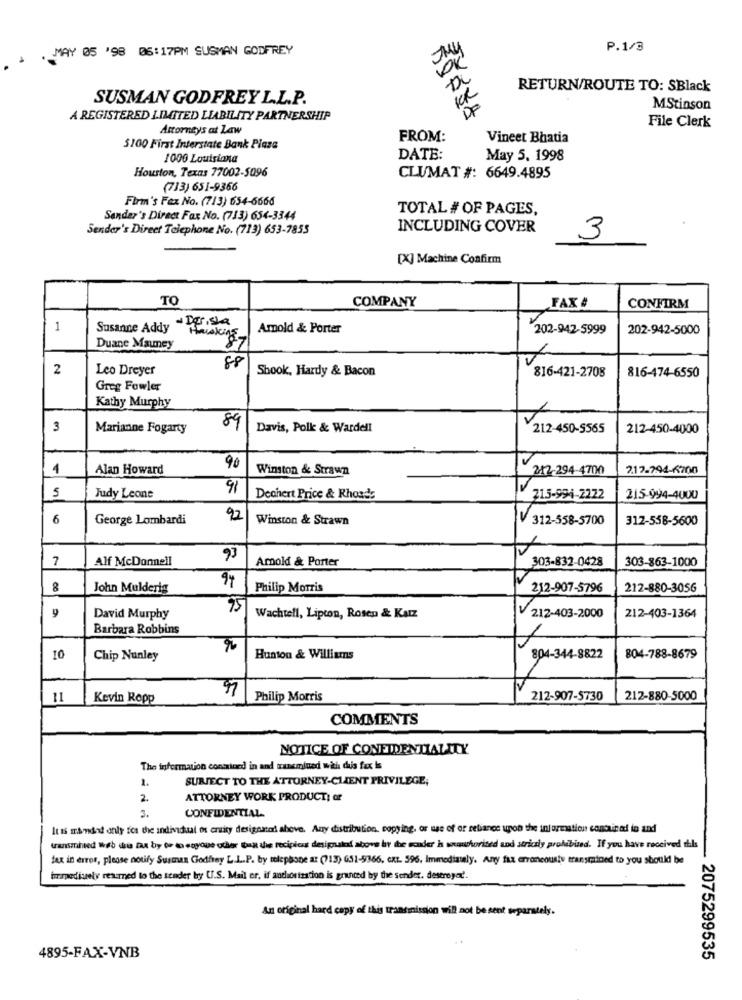
MAY 05 '98 05:17PM SUSMAN GODFREY
P.1/3
RETURN/ROUTE TO: SBlack
SUSMAN GODFREY L.L.P.
MStinson
A REGISTERED LIMITED LIABILITY PARTNERSHIP
File Clerk
Attorneys at Law
FROM:
Vineet Bhatia
$100 First Interstate Bank Plaza
1000 Louisiana
DATE:
May 5. 1998
Houston, Texas 77002-5096
CLUMAT #: 6649.4895
(733) 651-9366
Firm's Fex No. (713) 654-6666
TOTAL # OF PAGES,
Sander's Direct Fax No. (713) 654-3344
Sender's Direct Telephone No. (713) 653-7855
INCLUDING COVER
3
[X] Machine Confirm
TO
COMPANY
FAX &
CONFIRM
- Desista
1
Susanne Addy
Amold & Porter
202-942-5999
202-942-5000
Duane Mauney
2
Leo Dreyer
88
Shook, Hardy & Bacon
816-421-2708
816-474-6550
Greg Fowler
Kathy Murphy
89
V
3
Marianne Fogarty
Davis, Polk & Wardell
212-450-5565
212-450-4000
4
Alan Howard
90
Winston & Strawn
212-294-4700
217-794-6200
91
5
Judy Leone
Dechert Price & Rhoads
215-994-2222
215-994-4000
6
George Lombardi
92
Winston & Strawn
312-558-5700
312-558-5600
7
Alf McDonnell
Amold & Porter
303-832-0428
303-863-1000
94
8
John Mulderin
Philip Morris
212-907-5796
212-880-3056
75
212-403-1364
David Murphy
Wachtell, Lipton, Rosen & Katz
V 212-403-2000
Barbara Robbins
10
Chip Nunley
Hunton & Williams
804-344-8822
804-788-8679
11
Kevin Ropp
Philip Morris
212-907-5730
212-880-5000
COMMENTS
NOTICE OF CONFIDENTIALITY
The information contained in and transmined with this fax In
1.
SUBJECT TO THE ATTORNEY-CLIENT PRIVILEGE;
2.
ATTORNEY WORK PRODUCT: or
3.
CONFIDENTIAL-
It ts mandat only for the individual os ersity designated above. Any distribution, copying, or use of or reliance upon the information contained in and
transmined Web du Das by Or to soyoue oder but the recipioss designated above by the sender hs unauthorised and strictly prohibited. If you have received this
fax in error, please notify Susmas Godfrey L.L.P. by telephone a: (713) G51-9366. cat. 596, Immediately. Any fax erroneousty transrained to you should be
immediuely returned to the sender by U.S. Mail er, if authorization is granted by the sender. destroyed'.
An original hard copy of this transmission will not be sent separately.
4895-FAX-VNB
- 2075299535